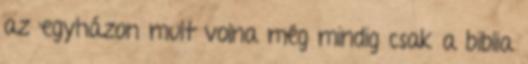
az egyházon mult volna még mindig csak a biblia